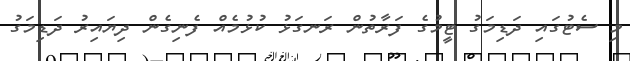
މި ސެޓުގައި ދަޑިމަގު ޓީމުގެ ފަރާތުން ރަނގަޅު ކުޅުމެއް ފެނިގެން ދިޔައިރު ދަޑިމަގު